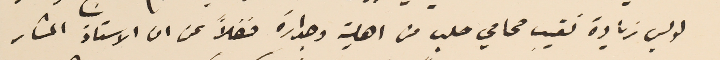
لويس زيادة نقيب محامي حلب من اهلية وجدارة فضلاً عن ان الاستاذ المشار